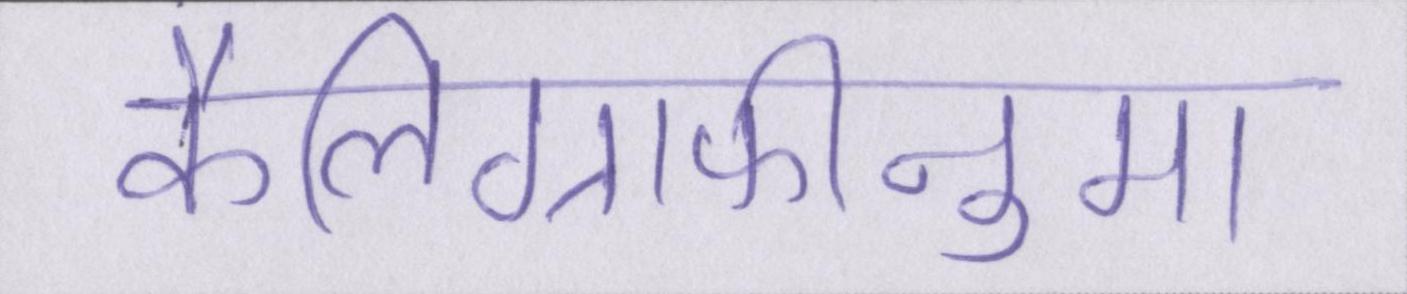
कैलिग्राफीनुमा